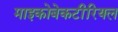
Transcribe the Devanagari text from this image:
माइकोबेकटीरियल